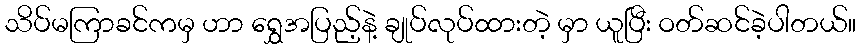
သိပ်မကြာခင်ကမှ ဟာ ရွှေအပြည့်နဲ့ ချုပ်လုပ်ထားတဲ့ မှာ ယူပြီး ဝတ်ဆင်ခဲ့ပါတယ်။